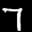
Label: 7